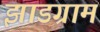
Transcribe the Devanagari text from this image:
झाडग्राम